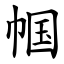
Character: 帼